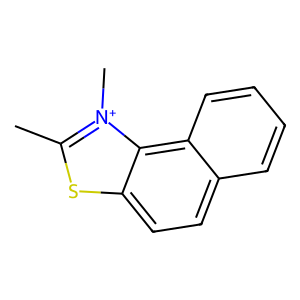
SMILES: Cc1sc2ccc3ccccc3c2[n+]1C
Inhibits HIV replication: No